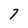
Character: 7